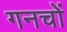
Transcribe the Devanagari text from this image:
गनचों